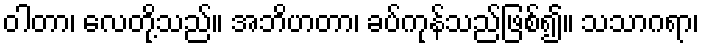
ဝါတာ၊ လေတို့သည်။ အဘိဟတာ၊ ခပ်ကုန်သည်ဖြစ်၍။ သသာဂရာ၊